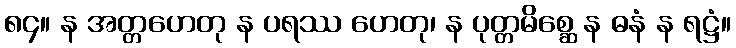
၈၄။ န အတ္တဟေတု န ပရဿ ဟေတု၊ န ပုတ္တမိစ္ဆေ န ဓနံ န ရဋ္ဌံ။